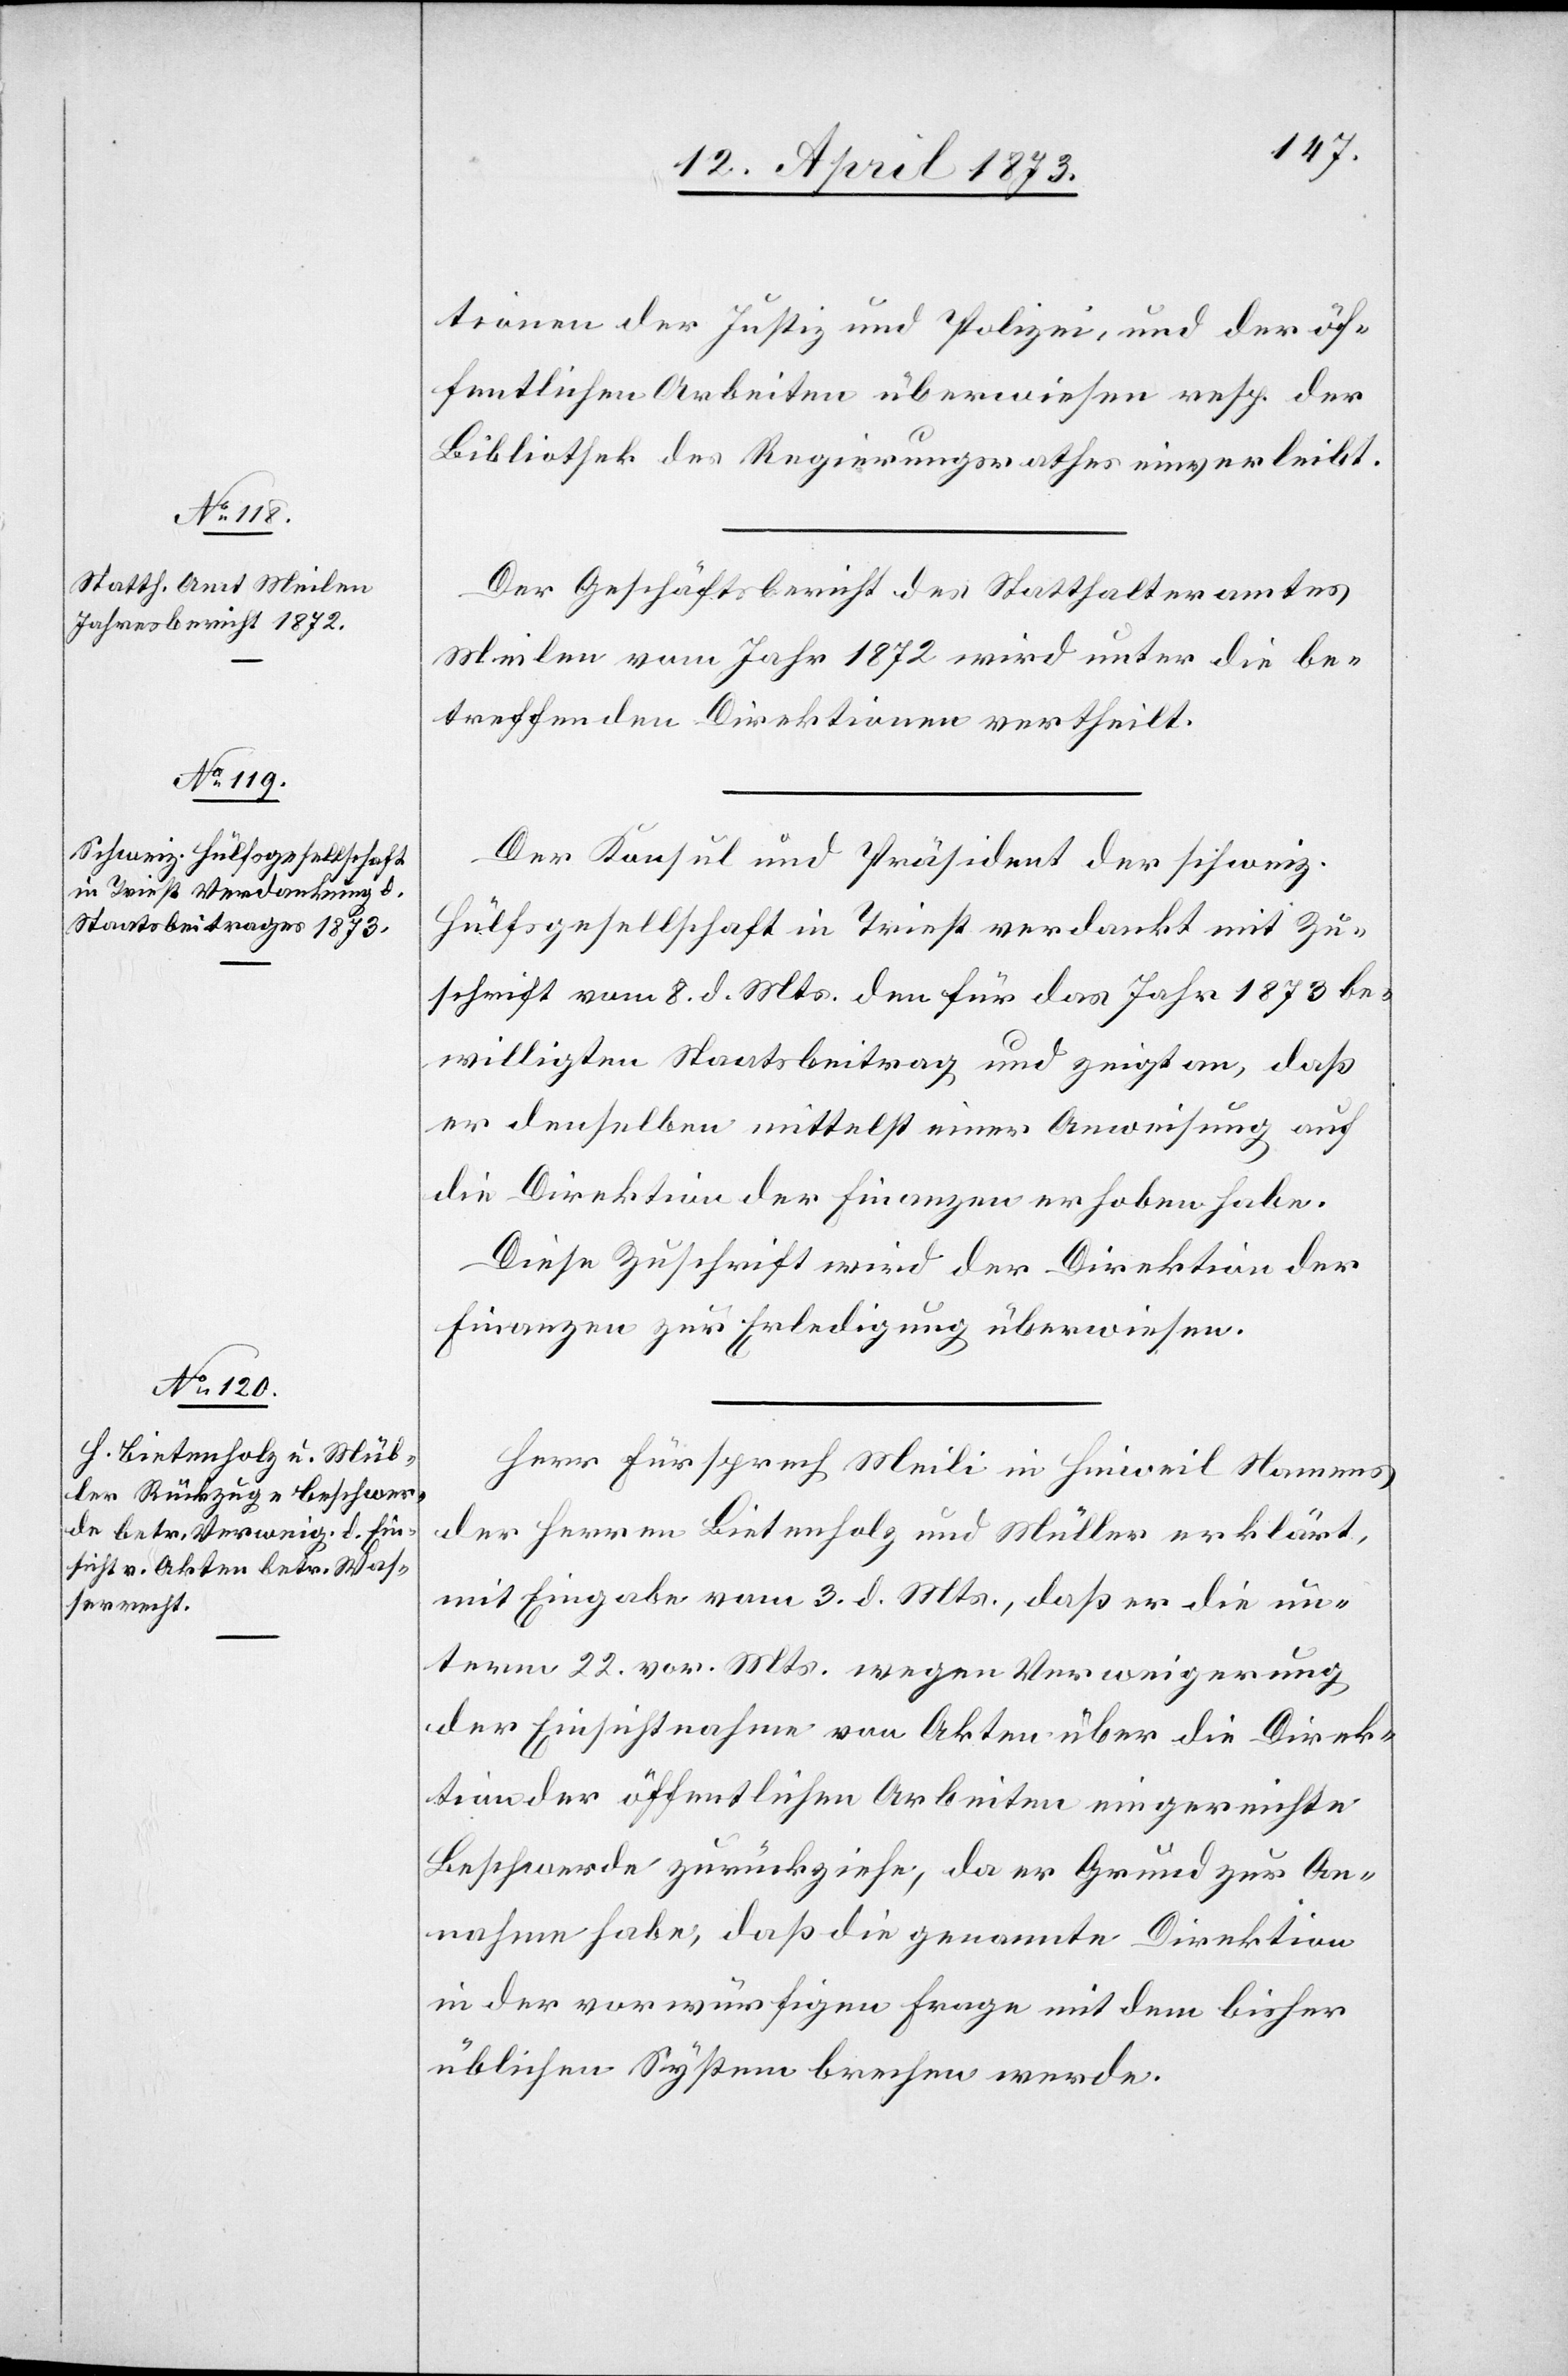
tionen der Justiz und Polizei, und der öf¬
fentlichen Arbeiten überwiesen resp. der
Bibliothek des Regierungsrathes einverleibt.
Der Geschäftsbericht des Statthalteramtes
Meilen vom Jahr 1872 wird unter die be¬
treffenden Direktionen vertheilt.
Der Konsul und Präsident der schweiz.
Hülfsgesellschaft in Triest verdankt mit Zu¬
schrift vom 8. d. Mts. den für das Jahr 1873 be¬
willigten Staatsbeitrag und zeigt an, daß
er denselben mittelst einer Anweisung auf
die Direktion der Finanzen erhoben habe.
Diese Zuschrift wird der Direktion der
Finanzen zur Erledigung überwiesen.
Herr Fürsprech Meili in Hinweil Namens
der Herren Bietenholz und Müller erklärt,
mit Eingabe vom 3. d. Mts., daß er die un¬
term 22. vor. Mts. wegen Verweigerung
der Einsichtnahme von Akten über die Direk¬
tion der öffentlichen Arbeiten eingereichte
Beschwerde zurückziehe, da er Grund zur An¬
nahme habe, daß die genannte Direktion
in der vorwürfigen Frage mit dem bisher
üblichen System brechen werde.